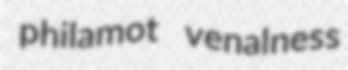
philamot venalness